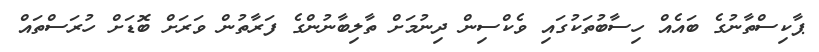
ޕާކިސްތާނުގެ ބައެއް ހިސާބުތަކުގައި ވެކްސިން ދިނުމަށް ތާލިބާނުންގެ ފަރާތުން ވަރަށް ބޮޑަށް ހުރަސްތައް